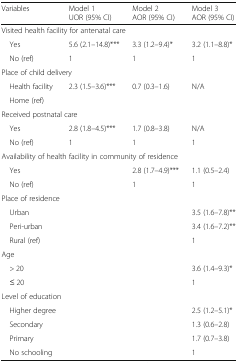
<table><thead><tr><td><b>Variables</b></td><td><b>Model 1UOR (95% CI)</b></td><td><b>Model 2AOR (95% CI)</b></td><td><b>Model 3AOR (95% CI)</b></td></tr></thead><tbody><tr><td colspan="4">Visited health facility for antenatal care</td></tr><tr><td> Yes</td><td>5.6 (2.1–14.8)***</td><td>3.3 (1.2–9.4)*</td><td>3.2 (1.1–8.8)*</td></tr><tr><td> No (ref)</td><td>1</td><td>1</td><td>1</td></tr><tr><td colspan="4">Place of child delivery</td></tr><tr><td> Health facility</td><td>2.3 (1.5–3.6)***</td><td>0.7 (0.3–1.6)</td><td>N/A</td></tr><tr><td> Home (ref)</td><td></td><td></td><td></td></tr><tr><td colspan="4">Received postnatal care</td></tr><tr><td> Yes</td><td>2.8 (1.8–4.5)***</td><td>1.7 (0.8–3.8)</td><td>N/A</td></tr><tr><td> No (ref)</td><td>1</td><td>1</td><td>1</td></tr><tr><td colspan="4">Availability of health facility in community of residence</td></tr><tr><td> Yes</td><td></td><td>2.8 (1.7–4.9)***</td><td>1.1 (0.5–2.4)</td></tr><tr><td> No (ref)</td><td></td><td>1</td><td>1</td></tr><tr><td colspan="4">Place of residence</td></tr><tr><td> Urban</td><td></td><td></td><td>3.5 (1.6–7.8)**</td></tr><tr><td> Peri-urban</td><td></td><td></td><td>3.4 (1.6–7.2)**</td></tr><tr><td> Rural (ref)</td><td></td><td></td><td>1</td></tr><tr><td colspan="4">Age</td></tr><tr><td> &gt; 20</td><td></td><td></td><td>3.6 (1.4–9.3)*</td></tr><tr><td> ≤ 20</td><td></td><td></td><td>1</td></tr><tr><td colspan="4">Level of education</td></tr><tr><td> Higher degree</td><td></td><td></td><td>2.5 (1.2–5.1)*</td></tr><tr><td> Secondary</td><td></td><td></td><td>1.3 (0.6–2.8)</td></tr><tr><td> Primary</td><td></td><td></td><td>1.7 (0.7–3.8)</td></tr><tr><td> No schooling</td><td></td><td></td><td>1</td></tr></tbody></table>